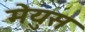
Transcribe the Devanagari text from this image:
मेयुस